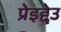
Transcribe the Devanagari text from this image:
प्रेइद्देउ